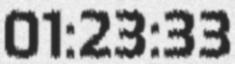
01:23:33